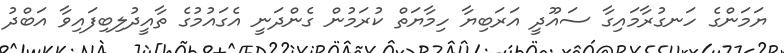
ޔަމަންގެ ހަނގުރާމައިގާ ސައޫދީ އަރަބިޔާ ހިމާޔަތް ކުރަމުން ގެންދަނީ އެގައުމުގެ ތާއީދުލިބިފައިވާ އަބްދު